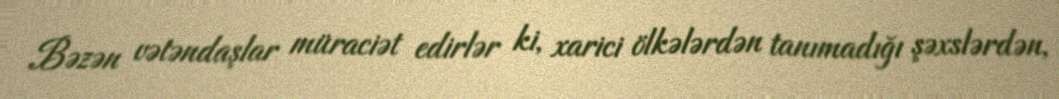
Bəzən vətəndaşlar müraciət edirlər ki, xarici ölkələrdən tanımadığı şəxslərdən,